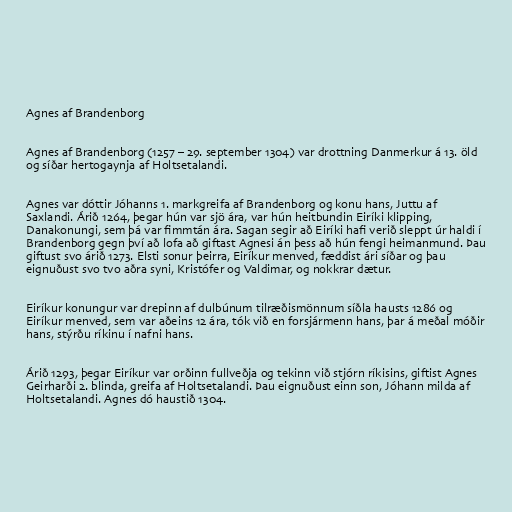
Agnes af Brandenborg

Agnes af Brandenborg (1257 – 29. september 1304) var drottning Danmerkur á 13. öld
og síðar hertogaynja af Holtsetalandi.

Agnes var dóttir Jóhanns 1. markgreifa af Brandenborg og konu hans, Juttu af
Saxlandi. Árið 1264, þegar hún var sjö ára, var hún heitbundin Eiríki klipping,
Danakonungi, sem þá var fimmtán ára. Sagan segir að Eiríki hafi verið sleppt úr haldi í
Brandenborg gegn því að lofa að giftast Agnesi án þess að hún fengi heimanmund. Þau
giftust svo árið 1273. Elsti sonur þeirra, Eiríkur menved, fæddist ári síðar og þau
eignuðust svo tvo aðra syni, Kristófer og Valdimar, og nokkrar dætur.

Eiríkur konungur var drepinn af dulbúnum tilræðismönnum síðla hausts 1286 og
Eiríkur menved, sem var aðeins 12 ára, tók við en forsjármenn hans, þar á meðal móðir
hans, stýrðu ríkinu í nafni hans.

Árið 1293, þegar Eiríkur var orðinn fullveðja og tekinn við stjórn ríkisins, giftist Agnes
Geirharði 2. blinda, greifa af Holtsetalandi. Þau eignuðust einn son, Jóhann milda af
Holtsetalandi. Agnes dó haustið 1304.